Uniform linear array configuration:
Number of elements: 24
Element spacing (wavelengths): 0.25
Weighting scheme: kaiser
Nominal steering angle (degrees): -30
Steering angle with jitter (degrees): -31.359
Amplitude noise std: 0.05
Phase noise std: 0.05

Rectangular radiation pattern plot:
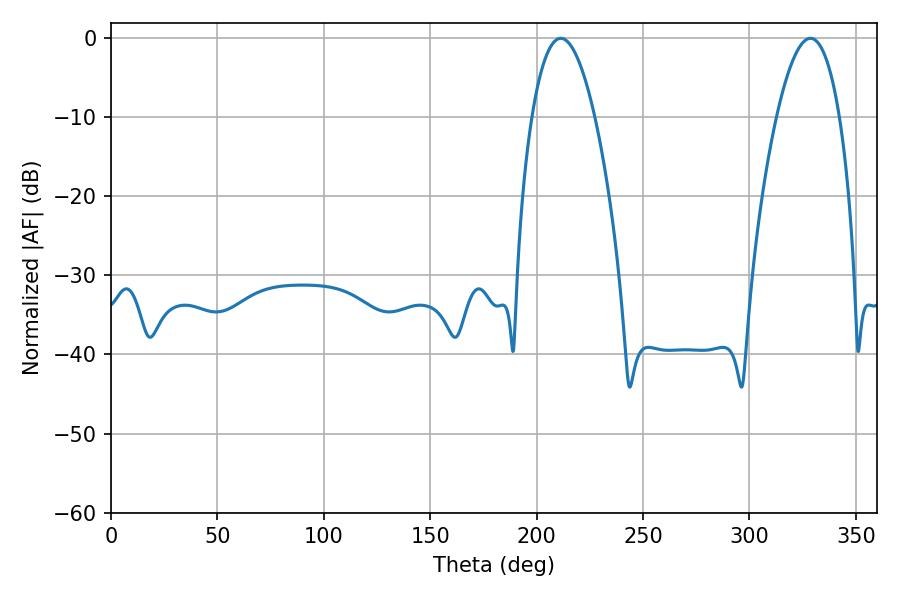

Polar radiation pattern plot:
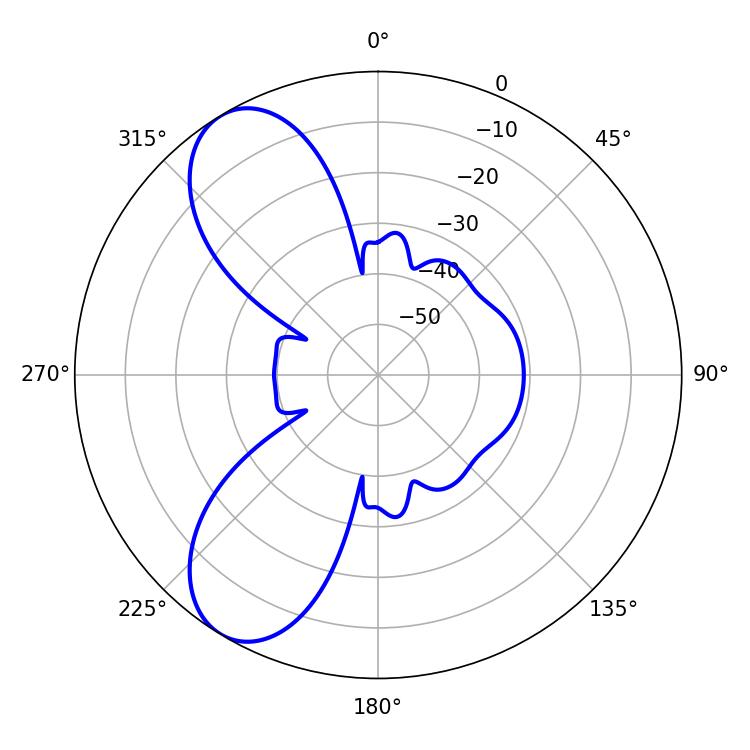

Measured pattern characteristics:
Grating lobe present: FALSE
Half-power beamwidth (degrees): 16.38
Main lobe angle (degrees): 211.32